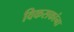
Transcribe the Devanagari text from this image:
विकसकांना